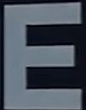
E